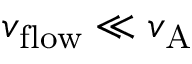
v _ { \mathrm { f l o w } } \ll v _ { \mathrm { A } }